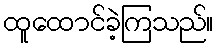
ထူထောင်ခဲ့ကြသည်။